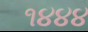
૧૪૪૪